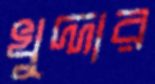
খুদ্দার